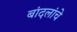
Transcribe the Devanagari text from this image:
बांदलांचे